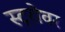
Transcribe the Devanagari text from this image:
स्ट्रोवर